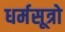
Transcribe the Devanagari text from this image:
धर्मसूत्रो